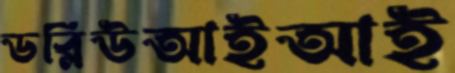
ডব্লিউআইআই